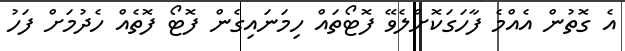
އެ ގޮތުން އެއްމެ ފާހަގަކޮށްލެވޭ ފޮޓޯތައް ހިމަނައިގެން ފޮޓޯ ފޮތެއް ހެދުމަށް ފަހު